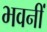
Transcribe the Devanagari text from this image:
भवनीं